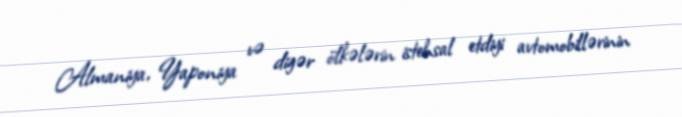
Almaniya, Yaponiya və digər ölkələrin istehsal etdiyi avtomobillərinin